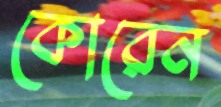
কোরেন